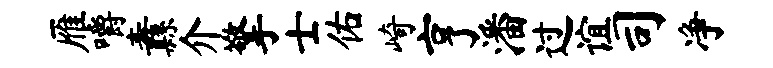
雁嚼纛介擎士佑崎亨潘过谊司净